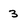
Character: 3